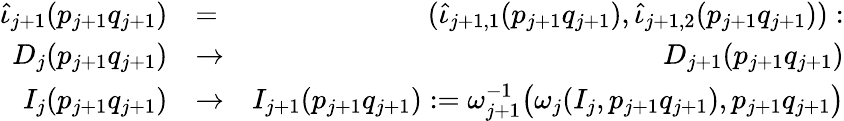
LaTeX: \begin{array}{rlr}{\widehat\iota_{j{+1}}(p_{j+1}q_{j+1})}&{=}&{(\widehat\iota_{j{+1,}1}(p_{j+1}q_{j+1}),\widehat\iota_{j{+1,}2}(p_{j+1}q_{j+1})):}\\ {D_{j}(p_{j+1}q_{j+1})}&{\to}&{D_{j+1}(p_{j+1}q_{j+1})}\\ {I_{j}(p_{j+1}q_{j+1})}&{\to}&{I_{j+1}(p_{j+1}q_{j+1}):=\omega_{j+1}^{-1}\big(\omega_{j}(I_{j},p_{j+1}q_{j+1}),p_{j+1}q_{j+1}\big)}\end{array}